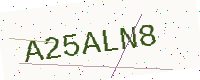
Text: A25ALN8